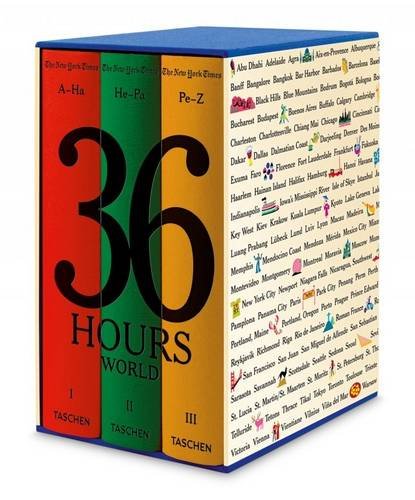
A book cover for The New York Times: 36 Hours World (3/36/365); Travel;